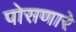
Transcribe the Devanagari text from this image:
पोसणारे